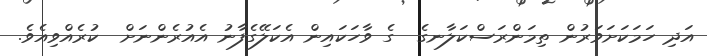
އަދި ހަމަކަށަވަރުން ތިމަންރަސްކަލާނގެ  ގެ ވާހަކައިން އެކަލޭގެފާނު އެއުރެންނަށް  ކުރެއްވިއެވެ.